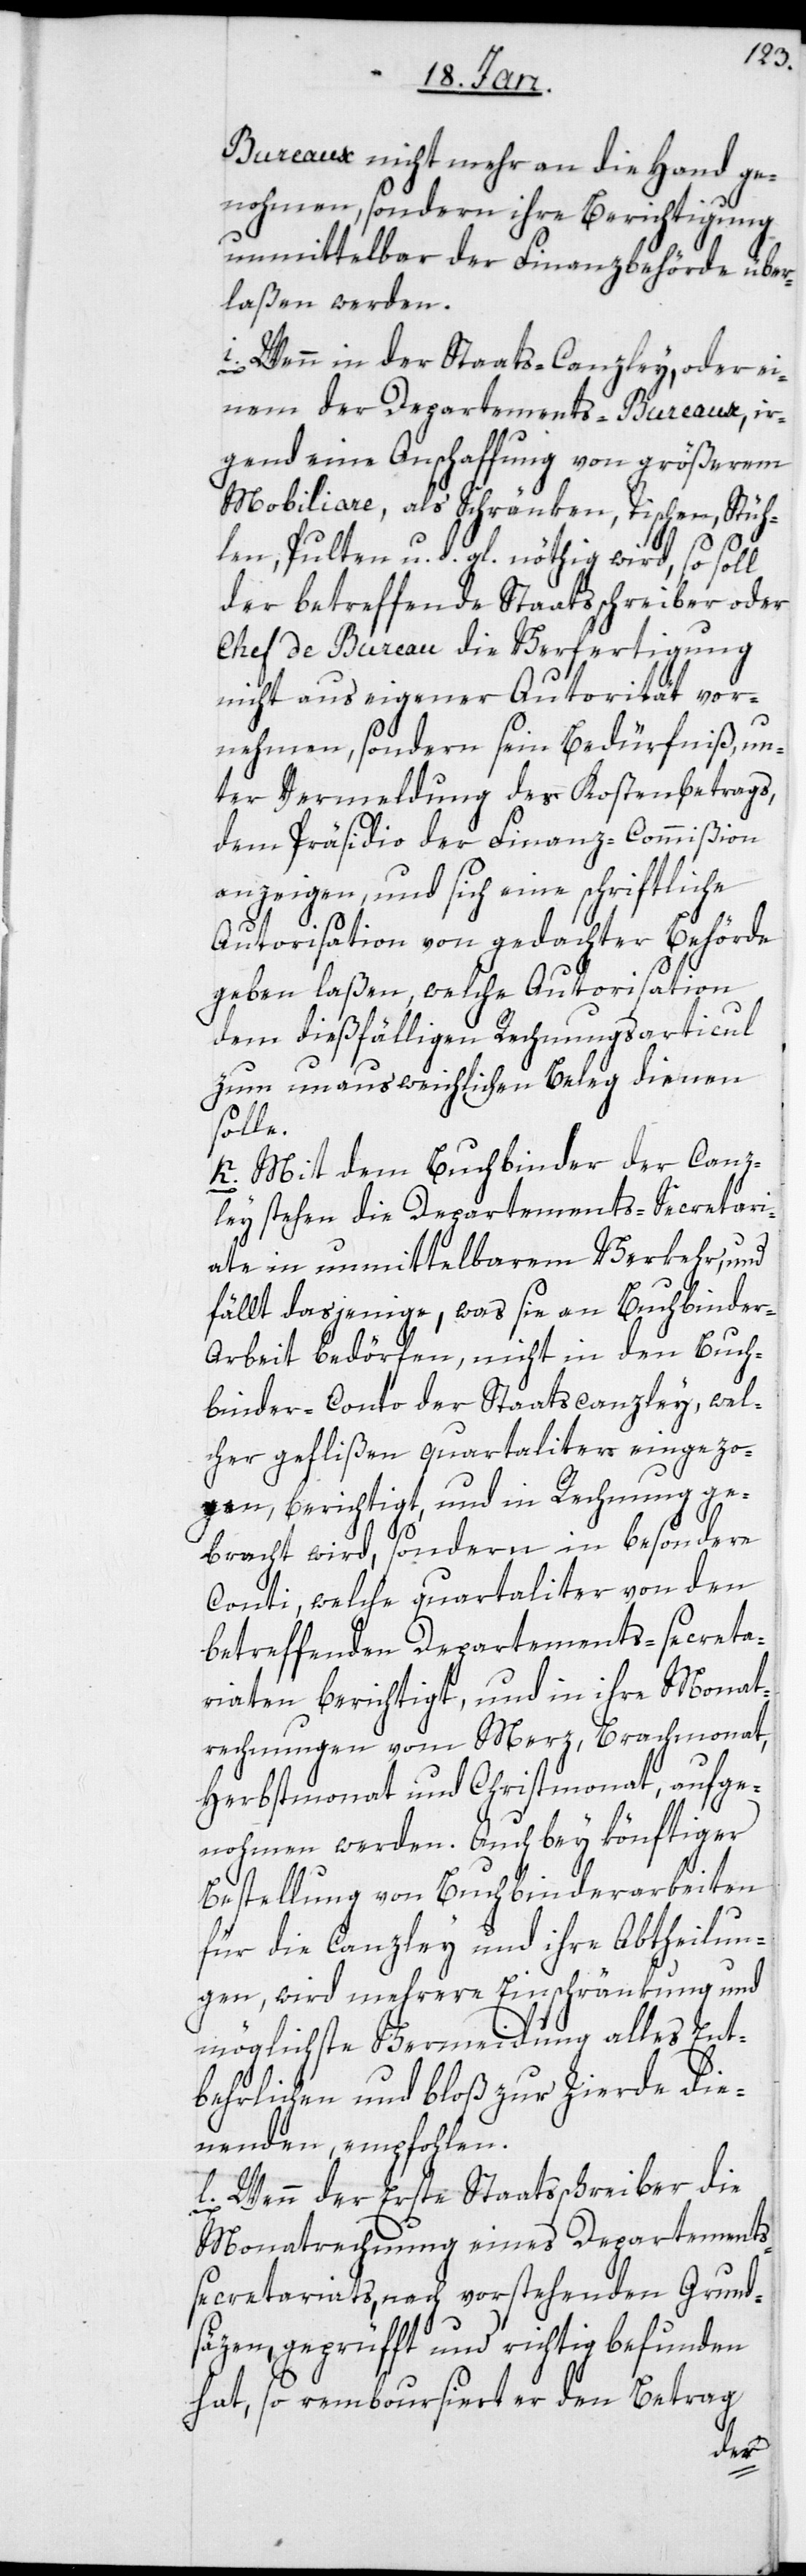
Bureaux nicht mehr an die Hand ge¬
nohmen, sondern ihre Berichtigung
unmittelbar der Finanzbehörde über¬
laßen werden.
i) Wenn in der Staats-Canzley, oder ei¬
nem der Departements-Bureaux, ir¬
gend eine Anschaffung von größerem
Mobiliare, als Schränken, Tischen, Stüh¬
len, Pulten u. d. gl. nöthig wird, so soll
der betreffende Staatsschreiber oder
Chef de Bureau die Verfertigung
nicht aus eigner Autorität vor¬
nehmen, sondern sein Bedürfniß, un¬
ter Vermeldung des Kostenbetrags,
dem Präsidio der Finanz-Commißion
anzeigen, und sich eine schriftliche
Autorisation von gedachter Behörde
geben laßen, welche Autorisation
dem dießfälligen Rechnungsarticul
zum unausweichlichen Beleg dienen
solle.
k) Mit dem Buchbinder der Canz¬
ley stehen die Departements-Secretari¬
ate in unmittelbarem Verkehr, und
fällt dasjenige, was sie an Buchbinder-A¬
rbeit bedörfen, nicht in den Buch¬
binder-Conto der Staatscanzley, wel¬
cher geflißen quartaliter eingezo¬
gen, berichtigt, und in Rechnung ge¬
bracht wird, sondern in besondere
Conti, welche quartaliter von den
betreffenden Departements-secreta¬
riaten berichtigt, und in ihre Monat¬
rechnungen vom Merz, Brachmonat,
Herbstmonat und Christmonat, aufge¬
nohmen werden. Auch bey könftiger
Bestellung von Buchbinderarbeiten
für die Canzley und ihre Abtheilun¬
gen, wird mehrere Einschränkung und
möglichste Vermeidung alles Ent¬
behrlichen und bloß zur Zierde die¬
nenden, empfohlen.
l) Wenn der erste Staatsschreiber die
Monatrechnung eines Departements¬
secretariats, nach vorstehenden Grund¬
säzen, geprüfft und richtig befunden
hat, so remboursiert er den Betrag